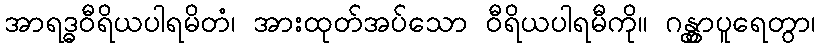
အာရဒ္ဓဝီရိယပါရမိတံ၊ အားထုတ်အပ်သော ဝီရိယပါရမီကို။ ဂန္တွာပူရေတွာ၊